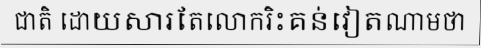
ជាតិ ដោយសារតែលោករិះគន់វៀតណាមថា